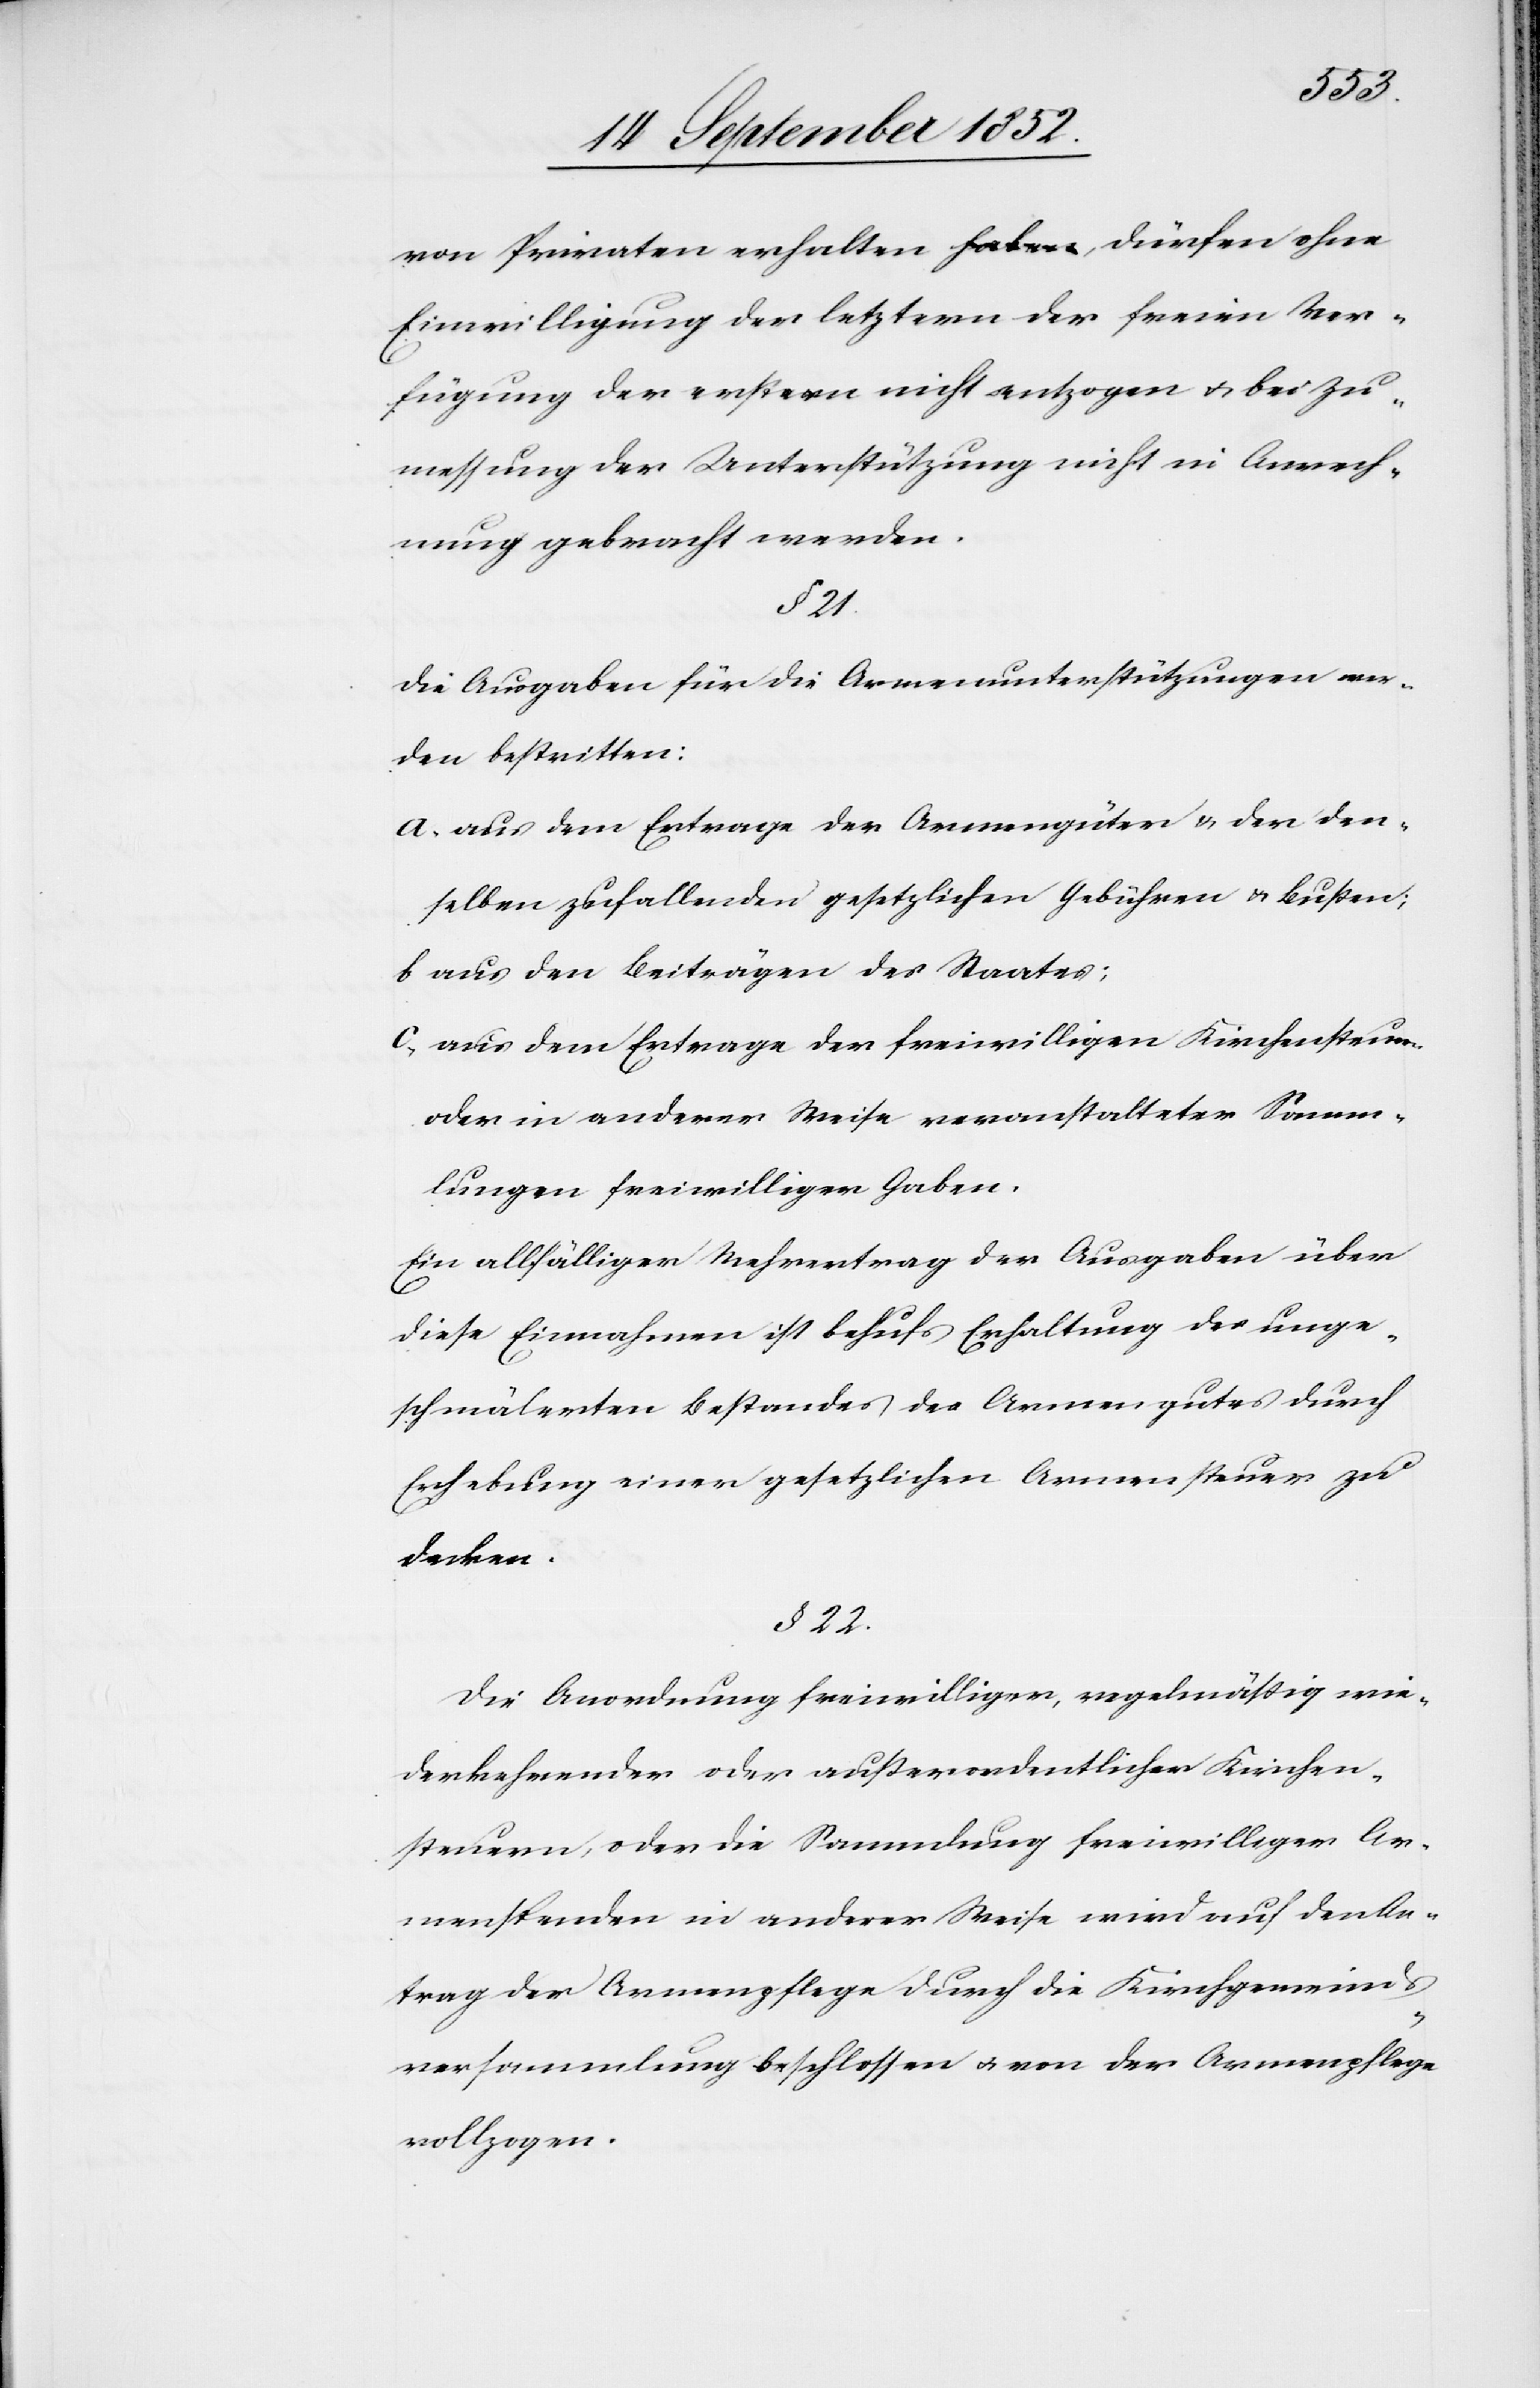
von Privaten erhalten haben, dürfen ohne
Einwilligung der letztern der freien Ver¬
fügung der erstern nicht entzogen & bei Zu¬
messung der Unterstützung nicht in Anrech¬
nung gebracht werden.
§ 21.
Die Ausgaben für die Armenunterstützungen wer¬
den bestritten:
aus dem Ertrage der Armengüter & der den¬
selben zufallenden gesetzlichen Gebühren & Bußen;
aus den Beiträgen des Staates;
aus dem Ertrage der freiwilligen Kirchensteuern
oder in anderer Weise veranstalteter Samm¬
lungen freiwilliger Gaben.
Ein allfälliger Mehrertrag der Ausgaben über
diese Einnahmen ist behufs Erhaltung des unge¬
schmälerten Bestandes des Armengutes durch
Erhebung einer gesetzlichen Armensteuer zu
decken.
§ 22.
Die Anordnung freiwilliger, regelmäßig wie¬
derkehrender oder außerordentlicher Kirchen¬
steuern, oder die Sammlung freiwilliger Ar¬
menspenden in anderer Weise wird auf den An¬
trag der Armenpflege durch die Kirchgemeinds¬
versammlung beschlossen & von der Armenpflege
vollzogen.